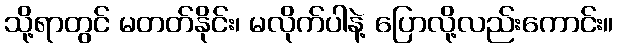
သို့ရာတွင် မတတ်နိုင်း၊ မလိုက်ပါနဲ့ ပြောလို့လည်းကောင်း။